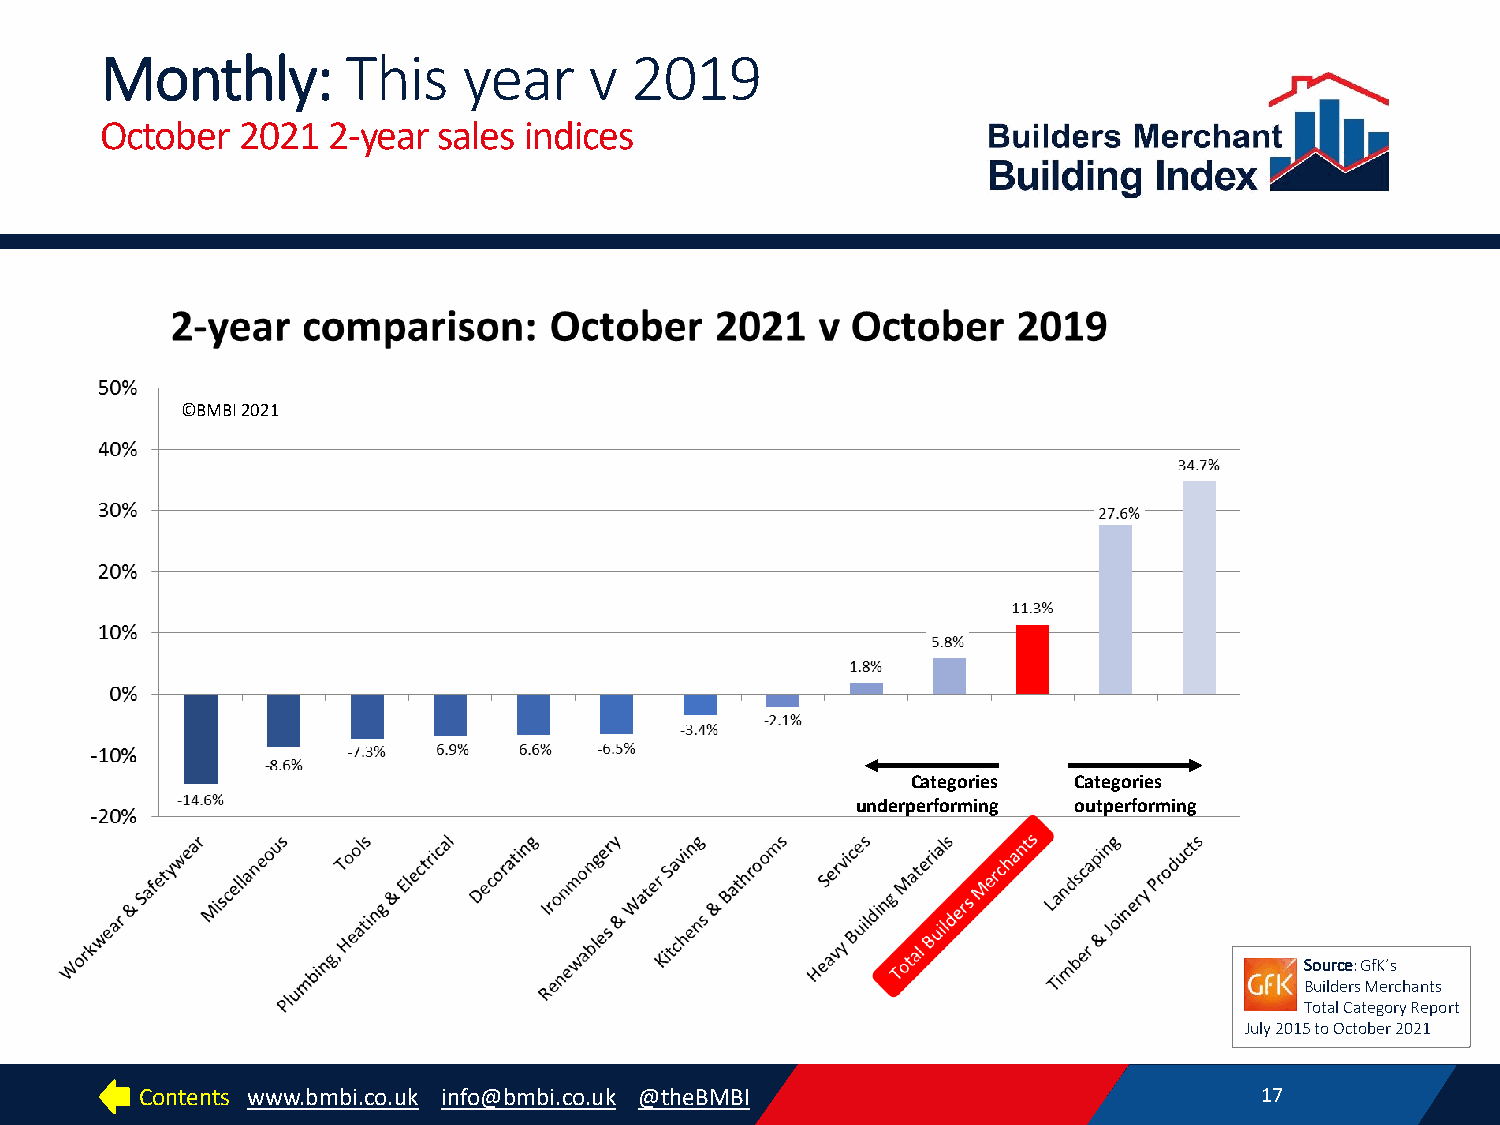
Monthly:        This    year    v  2019
 October  2021  2-year sales indices
 ©BMBI 2021
 Categories Categories
 underperforming outperforming
 Source: GfK’s
 Builders Merchants
 Total Category Report
 July 2015 to October 2021
 Contents www.bmbi.co.uk info@bmbi.co.uk @theBMBI                          17